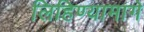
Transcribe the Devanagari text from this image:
लिहिण्यामागे